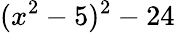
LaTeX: (x^{2}-5)^{2}-24